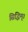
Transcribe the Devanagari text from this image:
सिद्धिम्।